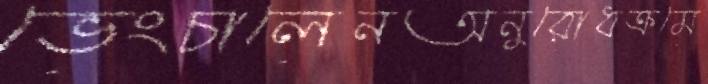
ভেংচালেনঅনুরোধক্রমে